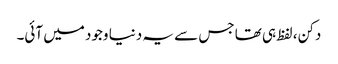
دکن، لفظ ہی تھا جس سے یہ دنیا وجود میں آئی۔